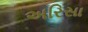
અરિસા